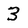
Character: 3